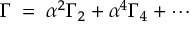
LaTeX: \Gamma \; = \; \alpha ^ { 2 } \Gamma _ { 2 } + \alpha ^ { 4 } \Gamma _ { 4 } + \cdots